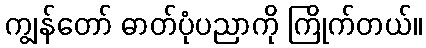
ကျွန်တော် ဓာတ်ပုံပညာကို ကြိုက်တယ်။